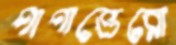
পাপাভেরো